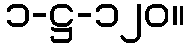
၁-ဋ္ဌ-၁၂၀။